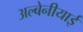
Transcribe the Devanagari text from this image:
अल्बेनीयाई